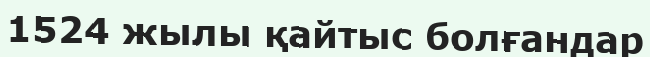
1524 жылы қайтыс болғандар